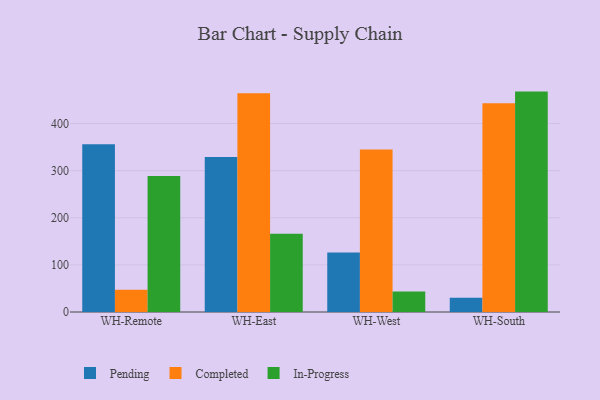
{"axis": {"x": "Warehouse", "y": "Tickets Resolved"}, "legend": ["Completed", "In-Progress", "Pending"], "data": [{"x": "WH-Remote", "y": 355.9, "type": "Pending"}, {"x": "WH-Remote", "y": 47.4, "type": "Completed"}, {"x": "WH-Remote", "y": 288.5, "type": "In-Progress"}, {"x": "WH-East", "y": 328.8, "type": "Pending"}, {"x": "WH-East", "y": 464.3, "type": "Completed"}, {"x": "WH-East", "y": 166.2, "type": "In-Progress"}, {"x": "WH-West", "y": 126.1, "type": "Pending"}, {"x": "WH-West", "y": 344.9, "type": "Completed"}, {"x": "WH-West", "y": 43.6, "type": "In-Progress"}, {"x": "WH-South", "y": 30.0, "type": "Pending"}, {"x": "WH-South", "y": 442.9, "type": "Completed"}, {"x": "WH-South", "y": 467.8, "type": "In-Progress"}]}